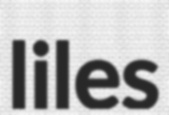
liles